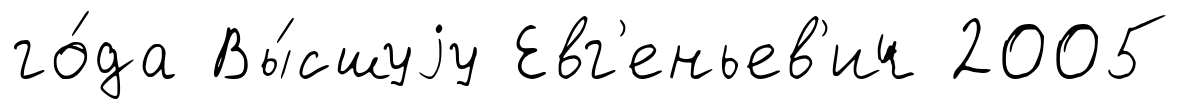
го́да Вы́сшуjу Евг'еньев'ич 2005